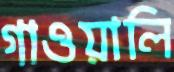
গাওয়ালি